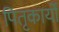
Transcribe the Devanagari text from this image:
पितृकार्यों